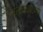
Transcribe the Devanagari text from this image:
जलतत्त्वाच्या